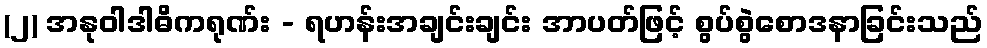
(၂) အနုဝါဒါဓိကရုဏ်း - ရဟန်းအချင်းချင်း အာပတ်ဖြင့် စွပ်စွဲစောဒနာခြင်းသည်